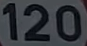
120